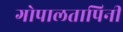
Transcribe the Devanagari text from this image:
गोपालतापिनी